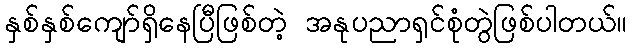
နှစ်နှစ်ကျော်ရှိနေပြီဖြစ်တဲ့ အနုပညာရှင်စုံတွဲဖြစ်ပါတယ်။